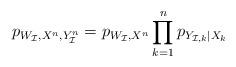
LaTeX: \begin{align*}p_{W_\mathcal{I}, X^n, Y_\mathcal{I}^n} = p_{W_\mathcal{I},X^n}\prod_{k=1}^n p_{Y_{\mathcal{I},k}|X_k} \end{align*}